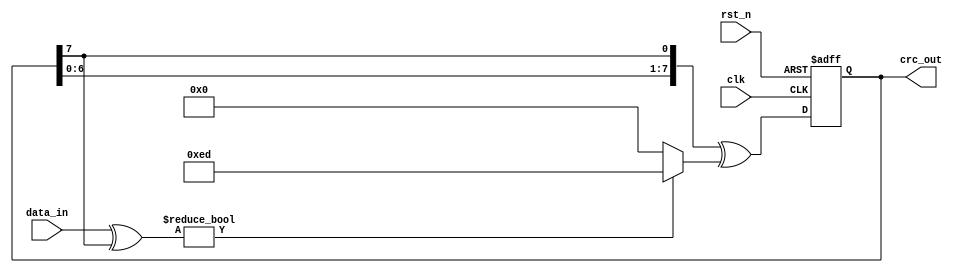
module crc_encoder (
    input wire [7:0] data_in, // 8-bit input data
    input wire clk,            // Clock input
    input wire rst_n,          // Active low reset
    output reg [7:0] crc_out   // 8-bit output CRC
);

reg [7:0] crc_reg;
reg [7:0] crc_poly = 8'hED; // CRC polynomial

always @(posedge clk or negedge rst_n) begin
    if (~rst_n) begin
        crc_reg <= 8'h00; // Reset CRC register
    end else begin
        crc_reg <= {crc_reg[6:0], crc_reg[7]} ^ (data_in ^ crc_reg[7] ? crc_poly : 8'h00);
        // Update CRC register based on polynomial division
    end
end

always @* begin
    crc_out = crc_reg; // Assign crc_reg to crc_out
end

endmodule